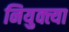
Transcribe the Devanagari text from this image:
नियुक्त्या